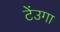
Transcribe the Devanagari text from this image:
टेंउगा